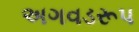
અગવડરૂપ